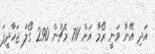
އަދި އޭނާ ވަނީ ރޯމާ އަށް 711 މެޗުން 290 ގޯލު ޖަހާދީފަ